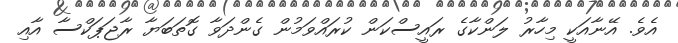
އެވެ. އޭނާއަކީ މިހާރު ލަންކާގެ ރައީސްކަން ކުރައްވަމުން ގެންދަވާ ގޮތަބަޔާ ރާޖަޕަކްސާ އާއި